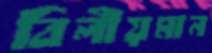
বিলীয়মান